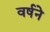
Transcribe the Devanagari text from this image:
वर्षने